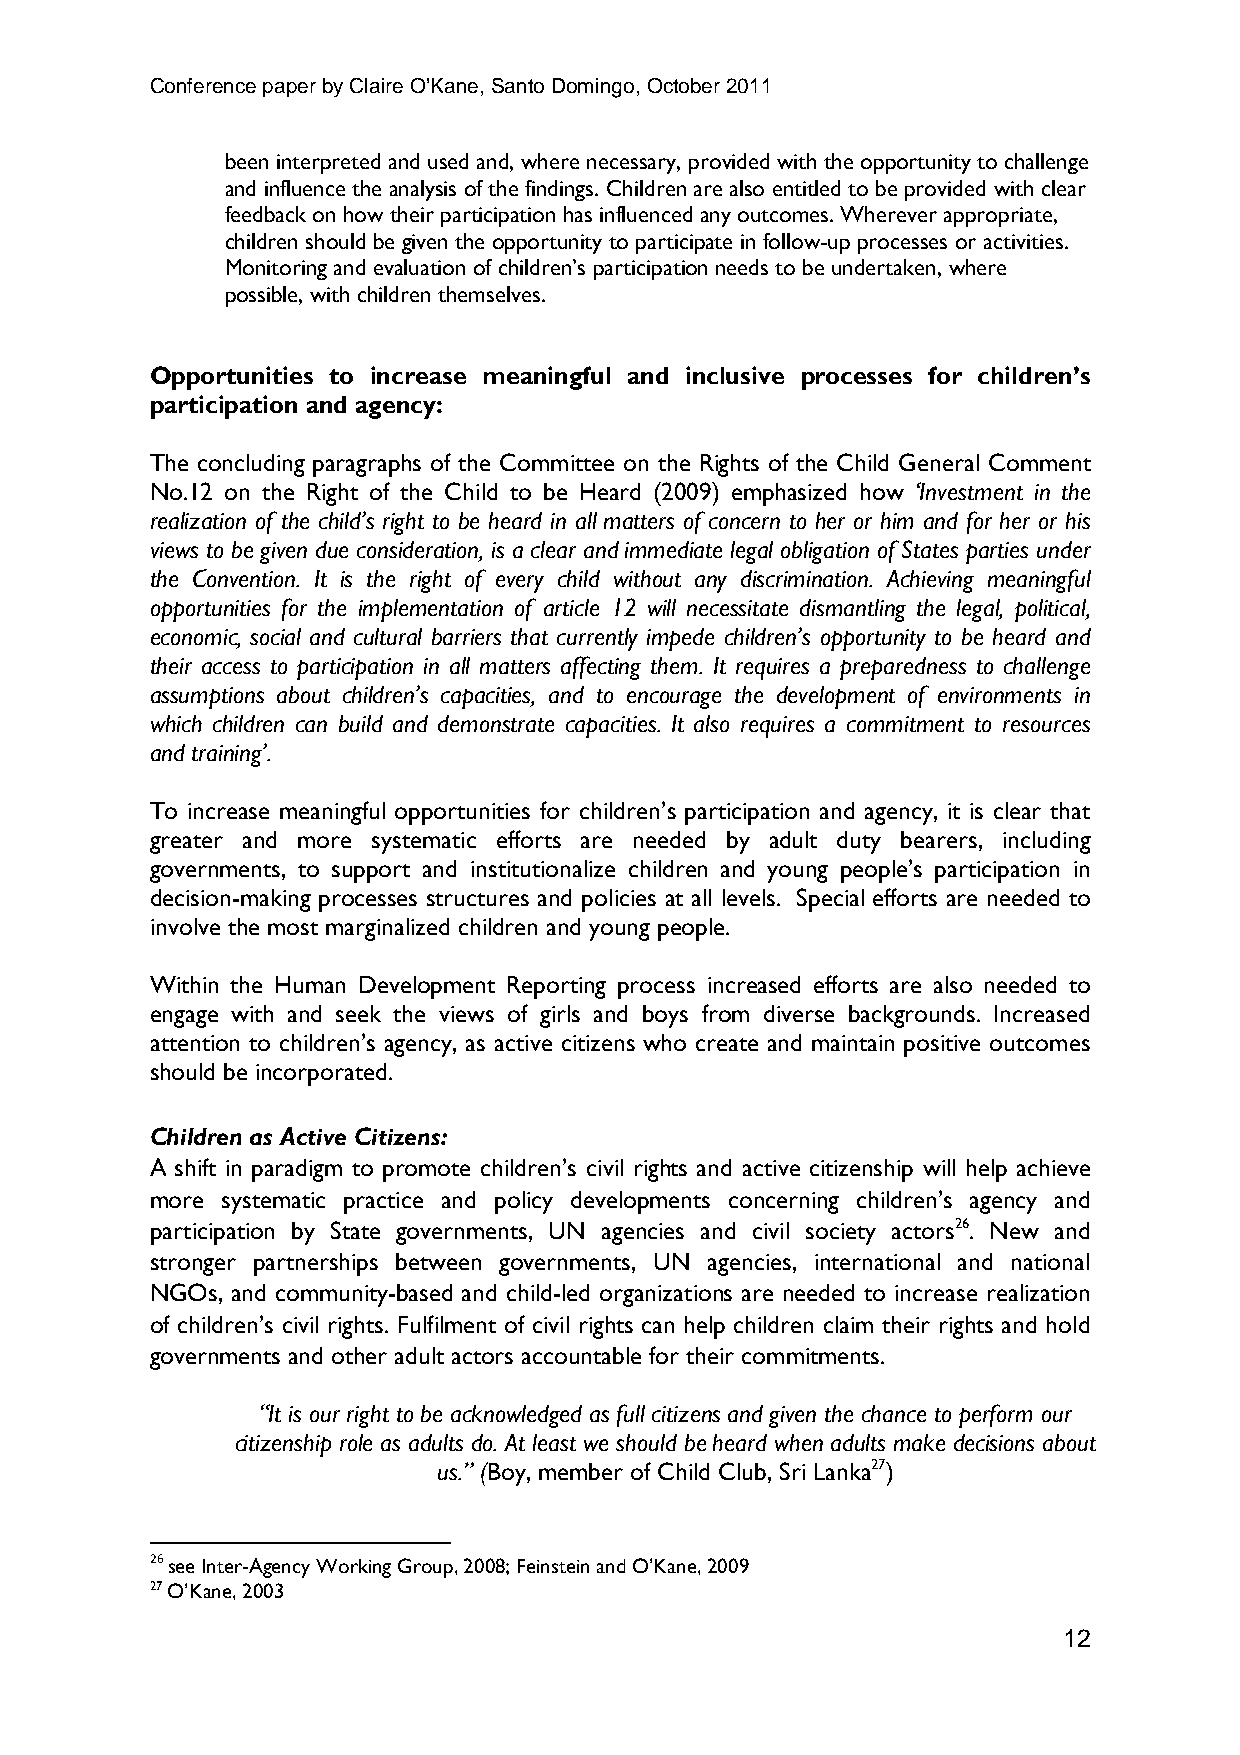
Conference paper by Claire O’Kane, Santo Domingo, October 2011
 been interpreted and used and, where necessary, provided with the opportunity to challenge
 and influence the analysis of the findings. Children are also entitled to be provided with clear
 feedback on how their participation has influenced any outcomes. Wherever appropriate,
 children should be given the opportunity to participate in follow-up processes or activities.
 Monitoring and evaluation of children’s participation needs to be undertaken, where
 possible, with children themselves.
 Opportunities to increase meaningful and inclusive processes for children’s
 participation and agency:
 The concluding paragraphs of the Committee on the Rights of the Child General Comment
 No.12 on the Right of the Child to be Heard (2009) emphasized how ‘Investment in the
 realization of the child’s right to be heard in all matters of concern to her or him and for her or his
 views to be given due consideration, is a clear and immediate legal obligation of States parties under
 the Convention. It is the right of every child without any discrimination. Achieving meaningful
 opportunities for the implementation of article 12 will necessitate dismantling the legal, political,
 economic, social and cultural barriers that currently impede children’s opportunity to be heard and
 their access to participation in all matters affecting them. It requires a preparedness to challenge
 assumptions about children’s capacities, and to encourage the development of environments in
 which children can build and demonstrate capacities. It also requires a commitment to resources
 and training’.
 To increase meaningful opportunities for children’s participation and agency, it is clear that
 greater and more systematic efforts are needed by adult duty bearers, including
 governments, to support and institutionalize children and young people’s participation in
 decision-making processes structures and policies at all levels. Special efforts are needed to
 involve the most marginalized children and young people.
 Within the Human Development Reporting process increased efforts are also needed to
 engage with and seek the views of girls and boys from diverse backgrounds. Increased
 attention to children’s agency, as active citizens who create and maintain positive outcomes
 should be incorporated.
 Children as Active Citizens:
 A shift in paradigm to promote children’s civil rights and active citizenship will help achieve
 more systematic practice and policy developments concerning children’s agency and
 participation by State governments, UN agencies and civil society actors26. New and
 stronger partnerships between governments, UN agencies, international and national
 NGOs, and community-based and child-led organizations are needed to increase realization
 of children’s civil rights. Fulfilment of civil rights can help children claim their rights and hold
 governments and other adult actors accountable for their commitments.
 “It is our right to be acknowledged as full citizens and given the chance to perform our
 citizenship role as adults do. At least we should be heard when adults make decisions about
 us.” (Boy, member of Child Club, Sri Lanka27)
 26 see Inter-Agency Working Group, 2008; Feinstein and O’Kane, 2009
 27 O’Kane, 2003
 12